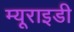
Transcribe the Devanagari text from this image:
म्यूराइडी